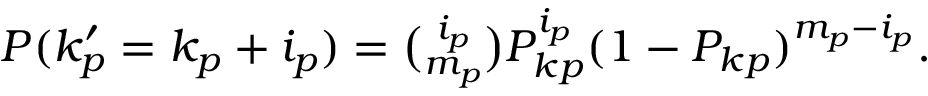
\begin{array} { r } { P ( k _ { p } ^ { \prime } = k _ { p } + i _ { p } ) = \binom { i _ { p } } { m _ { p } } P _ { k p } ^ { i _ { p } } ( 1 - P _ { k p } ) ^ { m _ { p } - i _ { p } } . } \end{array}